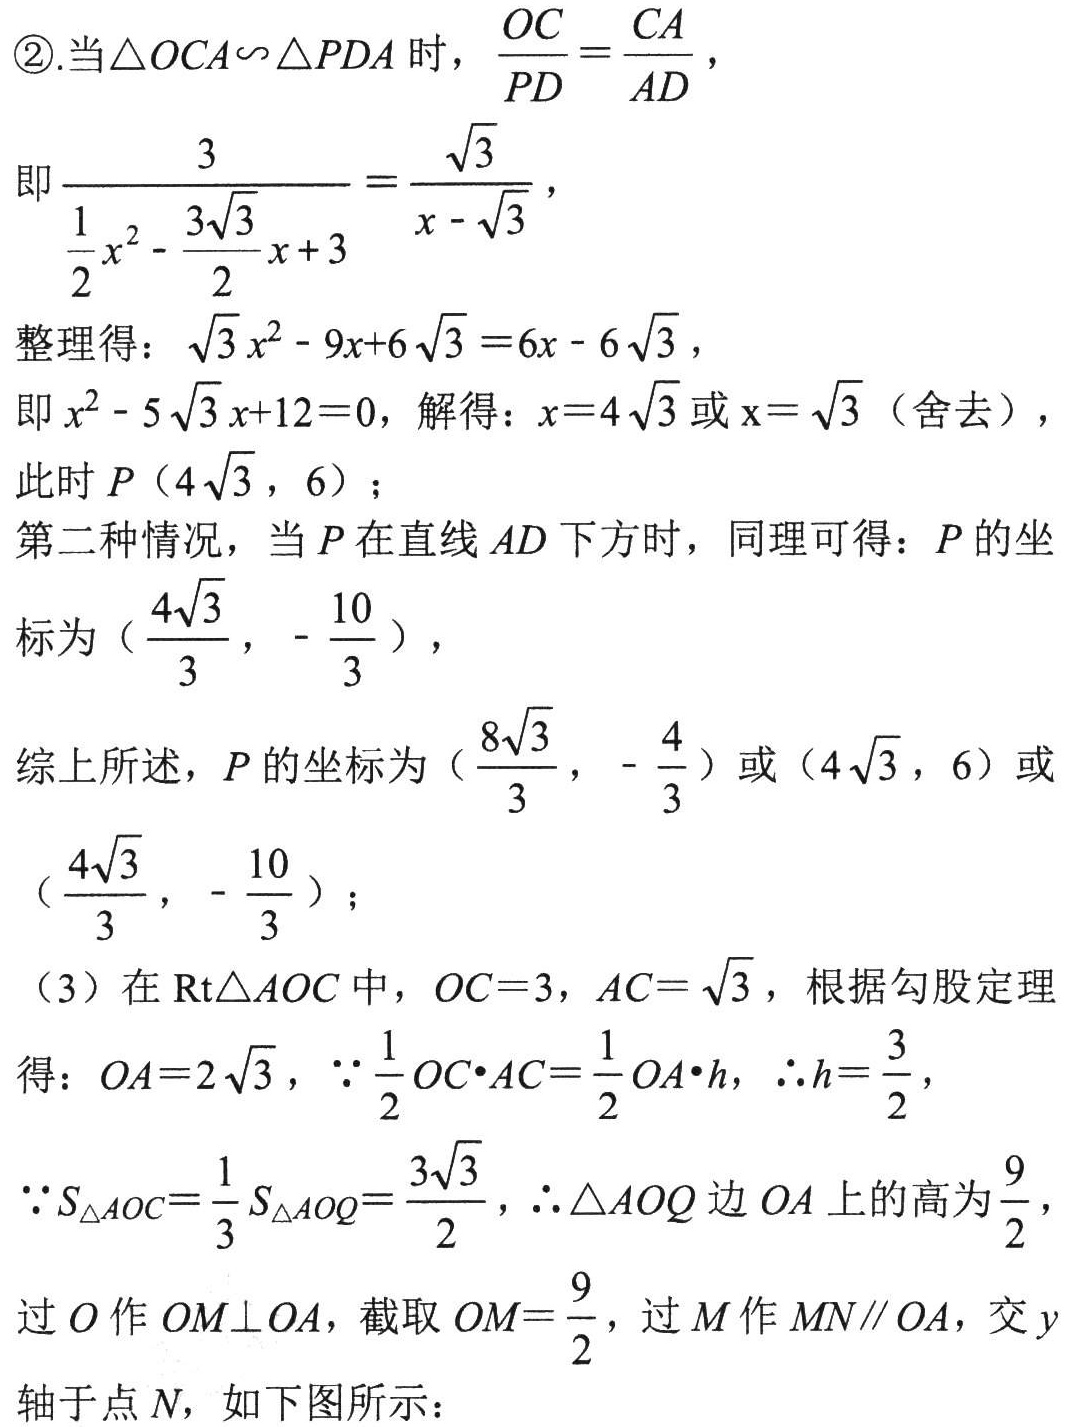
\textcircled{2}.当\(\triangle OCA\sim\triangle PDA\)时，\(\dfrac{OC}{PD}=\dfrac{CA}{AD}\)，
即\(\dfrac{3}{\dfrac{1}{2}x^{2}-\dfrac{3\sqrt{3}}{2}x + 3}=\dfrac{\sqrt{3}}{x - \sqrt{3}}\)，
整理得：\(\sqrt{3}x^{2}-9x + 6\sqrt{3}=6x - 6\sqrt{3}\)，
即\(x^{2}-5\sqrt{3}x + 12 = 0\)，解得：\(x = 4\sqrt{3}\)或\(x=\sqrt{3}\)（舍去），
此时\(P(4\sqrt{3},6)\)；
第二种情况，当\(P\)在直线\(AD\)下方时，同理可得：\(P\)的坐
标为\((\dfrac{4\sqrt{3}}{3},-\dfrac{10}{3})\)，
综上所述，\(P\)的坐标为\((\dfrac{8\sqrt{3}}{3},-\dfrac{4}{3})\)或\((4\sqrt{3},6)\)或
\((\dfrac{4\sqrt{3}}{3},-\dfrac{10}{3})\)；
（3）在\(\text{Rt}\triangle AOC\)中，\(OC = 3\)，\(AC=\sqrt{3}\)，根据勾股定理
得：\(OA = 2\sqrt{3}\)，\(\because\dfrac{1}{2}OC\cdot AC=\dfrac{1}{2}OA\cdot h\)，\(\therefore h=\dfrac{3}{2}\)，
\(\because S_{\triangle AOC}=\dfrac{1}{3}S_{\triangle AOQ}=\dfrac{3\sqrt{3}}{2}\)，\(\therefore\triangle AOQ\)边\(OA\)上的高为\(\dfrac{9}{2}\)，
过\(O\)作\(OM\perp OA\)，截取\(OM=\dfrac{9}{2}\)，过\(M\)作\(MN\parallel OA\)，交\(y\)轴于点\(N\)，如下图所示：